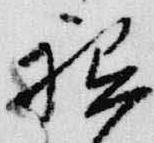
祗